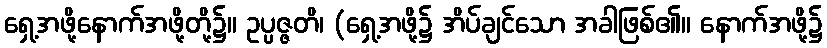
ရှေ့အဖို့နောက်အဖို့တို့၌။ ဥပ္ပဇ္ဇတိ၊ (ရှေ့အဖို့၌ အိပ်ချင်သော အခါဖြစ်၏။ နောက်အဖို့၌